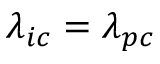
\lambda _ { i c } = \lambda _ { p c }